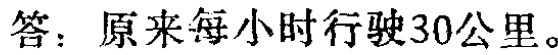
答：原来每小时行驶30公里。